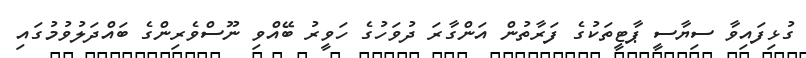
ގުޅިފައިވާ ސިޔާސީ ޕާޓީތަކުގެ ފަރާތުން އަންގާރަ ދުވަހުގެ ހަވީރު ބޭއްވި ނޫސްވެރިންގެ ބައްދަލުވުމުގައި